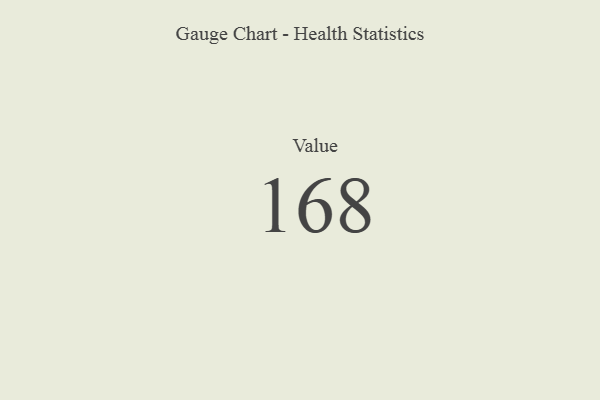
{"axis": {"x": "Metric", "y": "Value"}, "legend": [""], "data": [{"x": "Value", "y": 168, "type": ""}]}